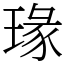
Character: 瑑